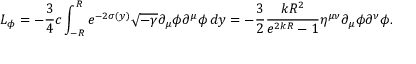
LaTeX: L _ { \phi } = - \frac { 3 } { 4 } c \int _ { - R } ^ { R } e ^ { - 2 \sigma ( y ) } \sqrt { - \gamma } \partial _ { \mu } \phi \partial ^ { \mu } \phi \, d y = - \frac { 3 } { 2 } \frac { k R ^ { 2 } } { e ^ { 2 k R } - 1 } \eta ^ { \mu \nu } \partial _ { \mu } \phi \partial ^ { \nu } \phi .